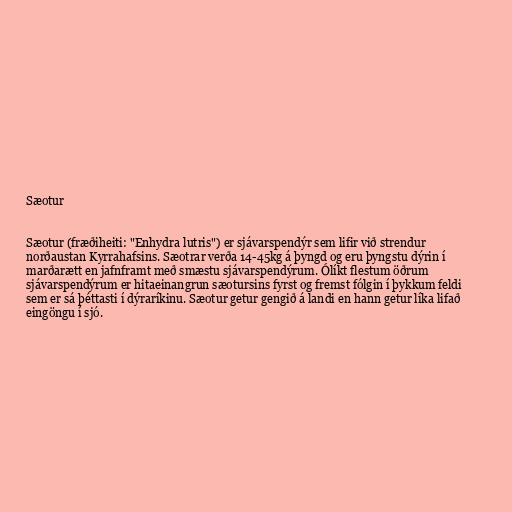
Sæotur

Sæotur (fræðiheiti: "Enhydra lutris") er sjávarspendýr sem lifir við strendur
norðaustan Kyrrahafsins. Sæotrar verða 14-45kg á þyngd og eru þyngstu dýrin í
marðarætt en jafnframt með smæstu sjávarspendýrum. Ólíkt flestum öðrum
sjávarspendýrum er hitaeinangrun sæotursins fyrst og fremst fólgin í þykkum feldi
sem er sá þéttasti í dýraríkinu. Sæotur getur gengið á landi en hann getur líka lifað
eingöngu í sjó.